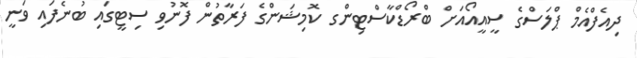
ދިއެފްއެމް ޕްލަސްގެ ސީއީއޯއަށް ބްރޯޑްކާސްޓިންގ ކޮމިޝަންގެ ފަރާތުން ފޮނުވި ސިޓީގައި ބުނެފައި ވަނީ